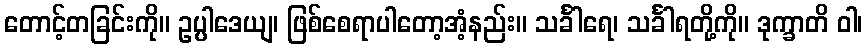
တောင့်တခြင်းကို။ ဥပ္ပါဒေယျ၊ ဖြစ်စေရာပါတော့အံ့နည်း။ သင်္ခါရေ၊ သင်္ခါရတို့ကို။ ဒုက္ခာတိ ဝါ၊